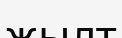
жылт